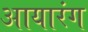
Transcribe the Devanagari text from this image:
आयारंग